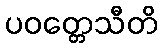
ပဝတ္တေသီတိ